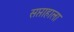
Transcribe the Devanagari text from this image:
सप्ताहाला